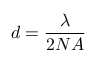
d = { \frac { \lambda } { 2 N A } }